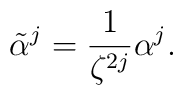
\tilde{\alpha}^j=\frac{1}{\zeta^{2j}}\alpha^j.